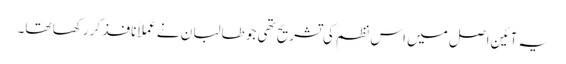
یہ آئین اصل میں اس نظم کی تشریح تھی جو طالبان نے عملاََ نافذ کر رکھا تھا۔